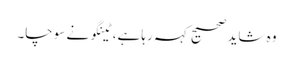
وہ شاید صحیح کہہ رہا ہے، ٹینگو نے سوچا۔